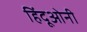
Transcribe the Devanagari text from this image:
हिंदूओनी